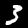
Label: 3